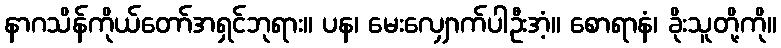
နာဂသိန်ကိုယ်တော်အရှင်ဘုရား။ ပန၊ မေးလျှောက်ပါဦးအံ့။ စောရာနံ၊ ခိုးသူတို့ကို။